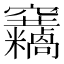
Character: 𥩓